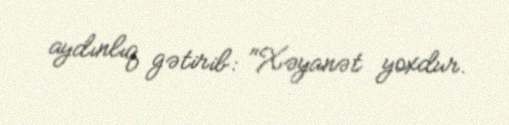
aydınlıq gətirib: "Xəyanət yoxdur.